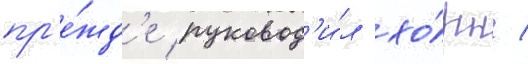
пр'е́жд'е руковод'и́л хо́рн /